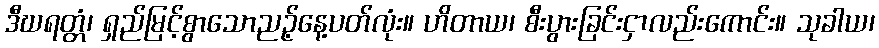
ဒီဃရတ္တံ၊ ရှည်မြင့်စွာသောညဉ့်နေ့ပတ်လုံး။ ဟိတာယ၊ စီးပွားခြင်းငှာလည်းကောင်း။ သုခါယ၊